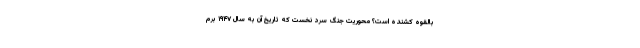
بالقوه کشنده است؟ محوریت جنگ سرد نخست که تاریخ آن به سال ۱۹۴۷ برم